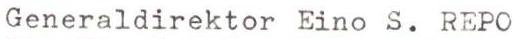
Generaldirektor Eino S. REPO